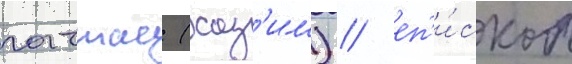
гаттас (хаз'им) / еп'и́скоп